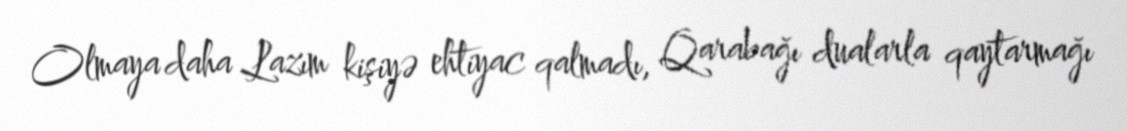
Olmaya daha Lazım kişiyə ehtiyac qalmadı, Qarabağı dualarla qaytarmağı